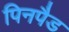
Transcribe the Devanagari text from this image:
पिनपैड